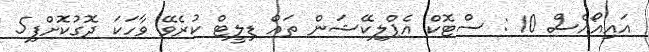
އައިއޯއެސް 10 : ސްޓޮކް އެޕްލިކޭޝަން ތައް ޑިލީޓް ކުރެވޭ ވާހަކަ ދޮގުކޮށްފި5